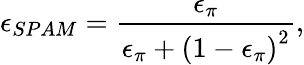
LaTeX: \epsilon_{SPAM}=\frac{\epsilon_{\pi}}{\epsilon_{\pi}+\left(1-\epsilon_{\pi}\right)^{2}},